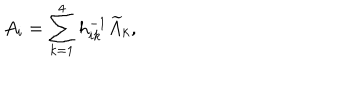
A _ { i } = \sum _ { k = 1 } ^ { 4 } h _ { i k } ^ { - 1 } \widetilde { A } _ { k } ,